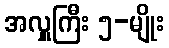
အလှူကြီး ၅-မျိုး